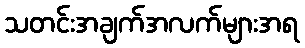
သတင်းအချက်အလက်များအရ